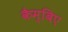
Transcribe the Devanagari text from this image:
कैम्बिए